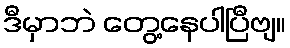
ဒီမှာဘဲ တွေ့နေပါပြီဗျ။